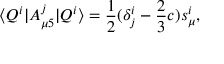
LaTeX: \langle Q ^ { i } | A _ { \mu 5 } ^ { j } | Q ^ { i } \rangle = \frac { 1 } { 2 } ( \delta _ { j } ^ { i } - \frac { 2 } { 3 } c ) s _ { \mu } ^ { i } ,